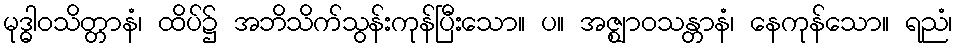
မုဒ္ဓါဝသိတ္တာနံ၊ ထိပ်၌ အဘိသိက်သွန်းကုန်ပြီးသော။ ပ။ အဇ္ဈာဝသန္တာနံ၊ နေကုန်သော။ ရညံ၊